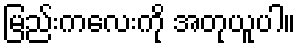
မြည်းကလေးကို အတုယူပါ။